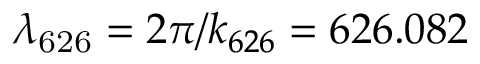
\lambda _ { \mathrm { 6 2 6 } } = 2 \pi / \ensuremath { k _ { 6 2 6 } } = 6 2 6 . 0 8 2